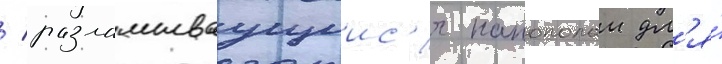
/ разламываущиис'я напополам дл'я́